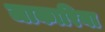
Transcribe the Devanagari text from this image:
जाकारिया